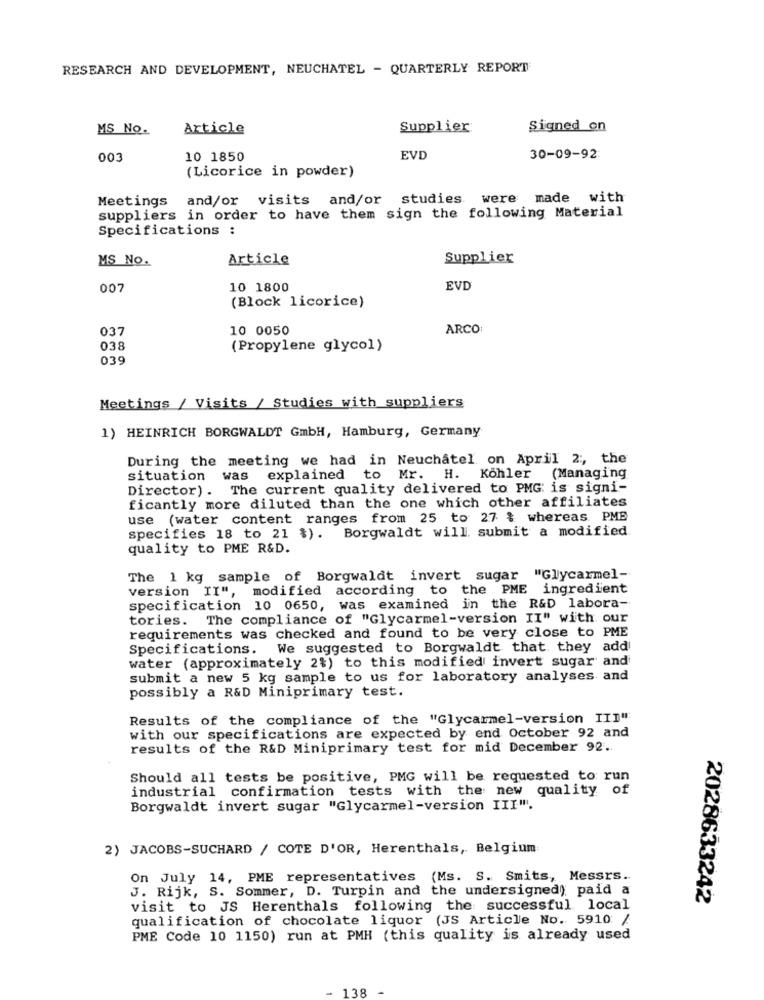
RESEARCH AND DEVELOPMENT, NEUCHATEL - QUARTERLY REPORT
MS No.
Article
Supplier
Signed on
003
10 1850
EVD
30-09-92:
(Licorice in powder)
Meetings and/or visits and/or studies were made with
suppliers in order to have them sign the following Material
Specifications :
MS No.
Article
Supplier
007
10 1800
EVD
(Block licorice)
037
10 0050
ARCO
038
(Propylene glycol)
039
Meetings / Visits / Studies with suppliers
1) HEINRICH BORGWALDT GmbH, Hamburg, Germany
During the meeting we had in Neuchatel on April 2 :, the
situation
was
explained
to Mr. H. Köhler (Managing
Director). The current quality delivered to PMG is signi-
ficantly more diluted than the one which other affiliates
use (water content ranges from 25 to 27 % whereas PMB
specifies 18 to 21 %). Borgwaldt will submit a modified
quality to PME R&D.
The 1 kg sample of Borgwaldt invert sugar "Glycarmel-
version II", modified according to the PME ingredient
specification 10 0650, was examined in the R&D labora-
tories. The compliance of "Glycarmel-version II" with our
requirements was checked and found to be very close to PME
Specifications. We suggested to Borgwaldt that they add
water (approximately 2%) to this modified invert sugar and
submit a new 5 kg sample to us for laboratory analyses and
possibly a R&D Miniprimary test.
Results of the compliance of the "Glycarmel-version III"
with our specifications are expected by end October 92 and
results of the R&D Miniprimary test for mid December 92.
Should all tests be positive, PMG will be requested to run
industrial confirmation tests with the new quality of
Borgwaldt invert sugar "Glycarmel-version III".
2) JACOBS-SUCHARD / COTE D'OR, Herenthals, Belgium
On July 14, PME representatives (Ms. S. Smits, Messrs ..
J. Rijk, S. Sommer, D. Turpin and the undersigned); paid a
2028633242
visit to JS Herenthals following the successful local
qualification of chocolate liquor (JS Article No. 5910 /
PME Code 10 1150) run at PMH (this quality is already used
138